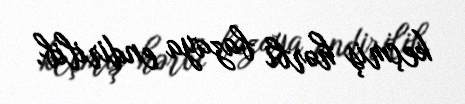
keçmiş hərbi bazaya endirilib.